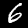
Digit: 6